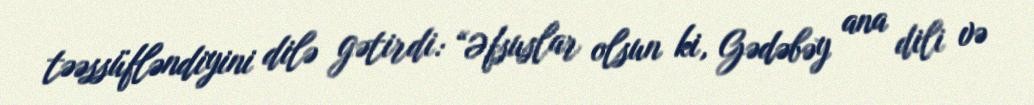
təəssüfləndiyini dilə gətirdi: “Əfsuslar olsun ki, Gədəbəy ana dili və